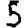
Digit: 5